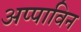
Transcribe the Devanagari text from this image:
अप्पाविन